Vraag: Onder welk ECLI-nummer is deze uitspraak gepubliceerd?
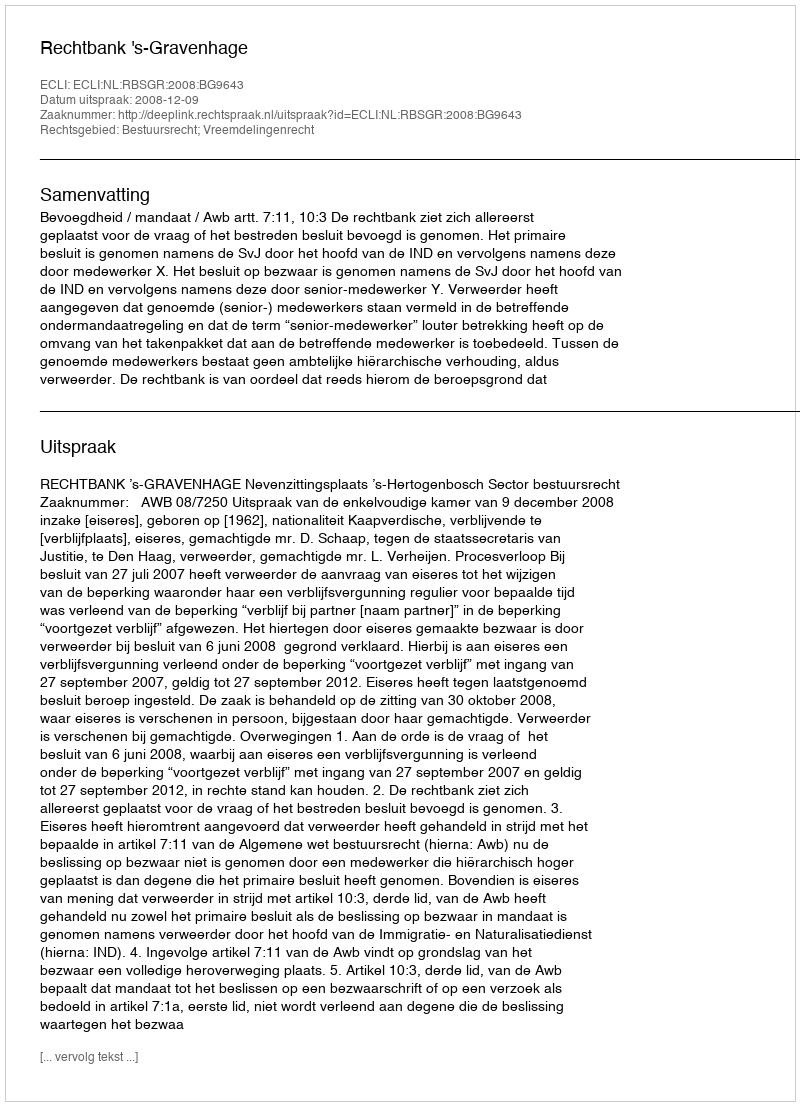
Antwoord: ECLI:NL:RBSGR:2008:BG9643